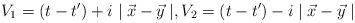
LaTeX: \begin{align*}V_1=(t-t^\prime)+i\mid \vec{x}-\vec{y} \mid,V_2=(t-t^\prime)-i\mid\vec{x}-\vec{y} \mid\end{align*}